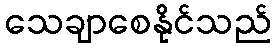
သေချာစေနိုင်သည်